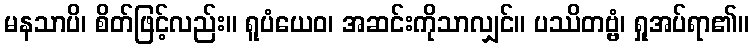
မနသာပိ၊ စိတ်ဖြင့်လည်း။ ရူပံယေဝ၊ အဆင်းကိုသာလျှင်။ ပဿိတဗ္ဗံ၊ ရှုအပ်ရာ၏။